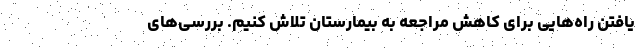
یافتن راه‌هایی برای کاهش مراجعه به بیمارستان تلاش کنیم‌. بررسی‌های